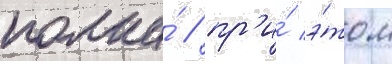
полка́ / пр'и́ э́том